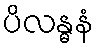
ပိလန္ဓနံ